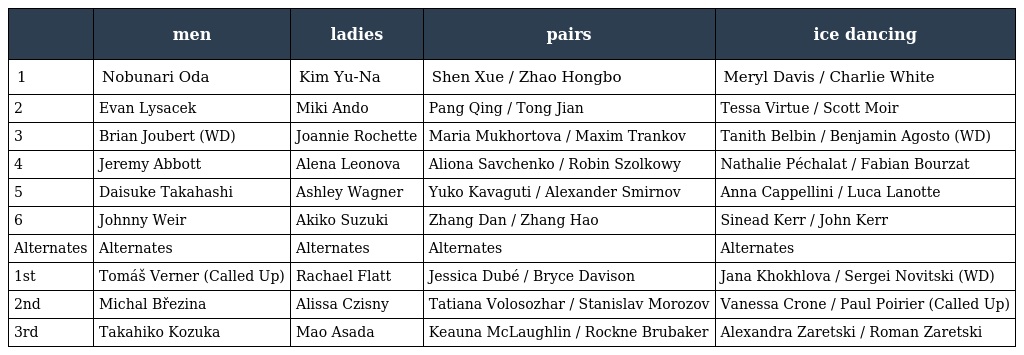
|  | men | ladies | pairs | ice dancing |
 | --- | --- | --- | --- | --- |
 | 1 | Nobunari Oda | Kim Yu-Na | Shen Xue / Zhao Hongbo | Meryl Davis / Charlie White |
 | 2 | Evan Lysacek | Miki Ando | Pang Qing / Tong Jian | Tessa Virtue / Scott Moir |
 | 3 | Brian Joubert (WD) | Joannie Rochette | Maria Mukhortova / Maxim Trankov | Tanith Belbin / Benjamin Agosto (WD) |
 | 4 | Jeremy Abbott | Alena Leonova | Aliona Savchenko / Robin Szolkowy | Nathalie Péchalat / Fabian Bourzat |
 | 5 | Daisuke Takahashi | Ashley Wagner | Yuko Kavaguti / Alexander Smirnov | Anna Cappellini / Luca Lanotte |
 | 6 | Johnny Weir | Akiko Suzuki | Zhang Dan / Zhang Hao | Sinead Kerr / John Kerr |
 | Alternates | Alternates | Alternates | Alternates | Alternates |
 | 1st | Tomáš Verner (Called Up) | Rachael Flatt | Jessica Dubé / Bryce Davison | Jana Khokhlova / Sergei Novitski (WD) |
 | 2nd | Michal Březina | Alissa Czisny | Tatiana Volosozhar / Stanislav Morozov | Vanessa Crone / Paul Poirier (Called Up) |
 | 3rd | Takahiko Kozuka | Mao Asada | Keauna McLaughlin / Rockne Brubaker | Alexandra Zaretski / Roman Zaretski |